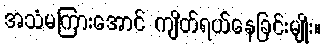
အသံမကြားအောင် ကျိတ်ရယ်နေခြင်းမျိုး။